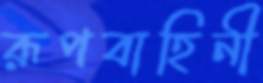
রূপবাহিনী